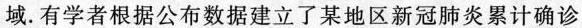
域。有学者根据公布数据建立了某地区新冠肺炎累计确诊